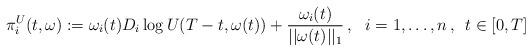
LaTeX: \begin{align*}\pi_i^U(t,\omega):=\omega_i(t)D_i \log U(T-t,\omega(t))+\frac{\omega_i(t)}{||\omega(t)||_1}\,,\,\,\,\, i=1,\dots,n\,,\,\, \, t\in[0, T]\end{align*}